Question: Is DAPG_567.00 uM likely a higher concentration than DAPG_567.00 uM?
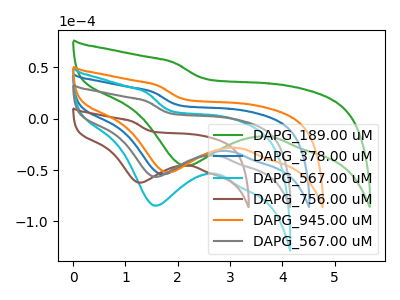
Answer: <think>The green curve "DAPG_189.00 uM" has a cathodic peak at: (2.15V, -45.90uA). The blue curve "DAPG_378.00 uM" has a cathodic peak at: (1.70V, -54.10uA). The cyan curve "DAPG_567.00 uM" has a cathodic peak at: (1.55V, -84.75uA). The brown curve "DAPG_756.00 uM" has a cathodic peak at: (1.25V, -62.30uA). The orange curve "DAPG_945.00 uM" has a cathodic peak at: (1.80V, -52.30uA). The gray curve "DAPG_567.00 uM" has a cathodic peak at: (1.55V, -56.65uA).
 All the peaks in "DAPG_567.00 uM" have a peak in "DAPG_567.00 uM" at the same potential. Every peak in "DAPG_567.00 uM" is lower than every peak in "DAPG_567.00 uM".</think>
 <answer>"DAPG_567.00 uM" has less signal than "DAPG_567.00 uM".</answer>
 <eval>less_signal</eval>